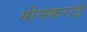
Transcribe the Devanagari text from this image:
मीनकराई